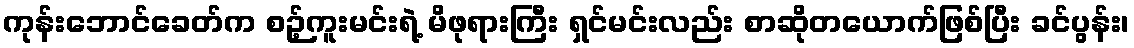
ကုန်းဘောင်ခေတ်က စဉ့်ကူးမင်းရဲ့ မိဖုရားကြီး ရှင်မင်းလည်း စာဆိုတယောက်ဖြစ်ပြီး ခင်ပွန်း၊